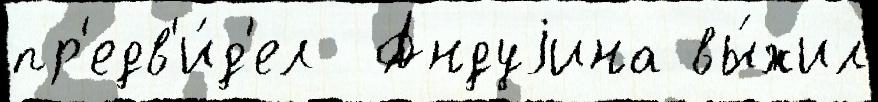
пр'едв'и́д'ел  Андуjина вы́жил